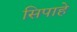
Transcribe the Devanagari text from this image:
सिपाहे